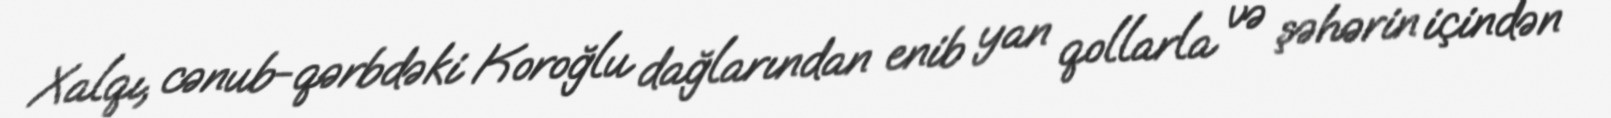
Xalqı, cənub-qərbdəki Koroğlu dağlarından enib yan qollarla və şəhərin içindən